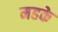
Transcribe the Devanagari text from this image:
महके